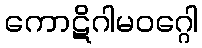
ကောဋိဂါမဝဂ္ဂေါ